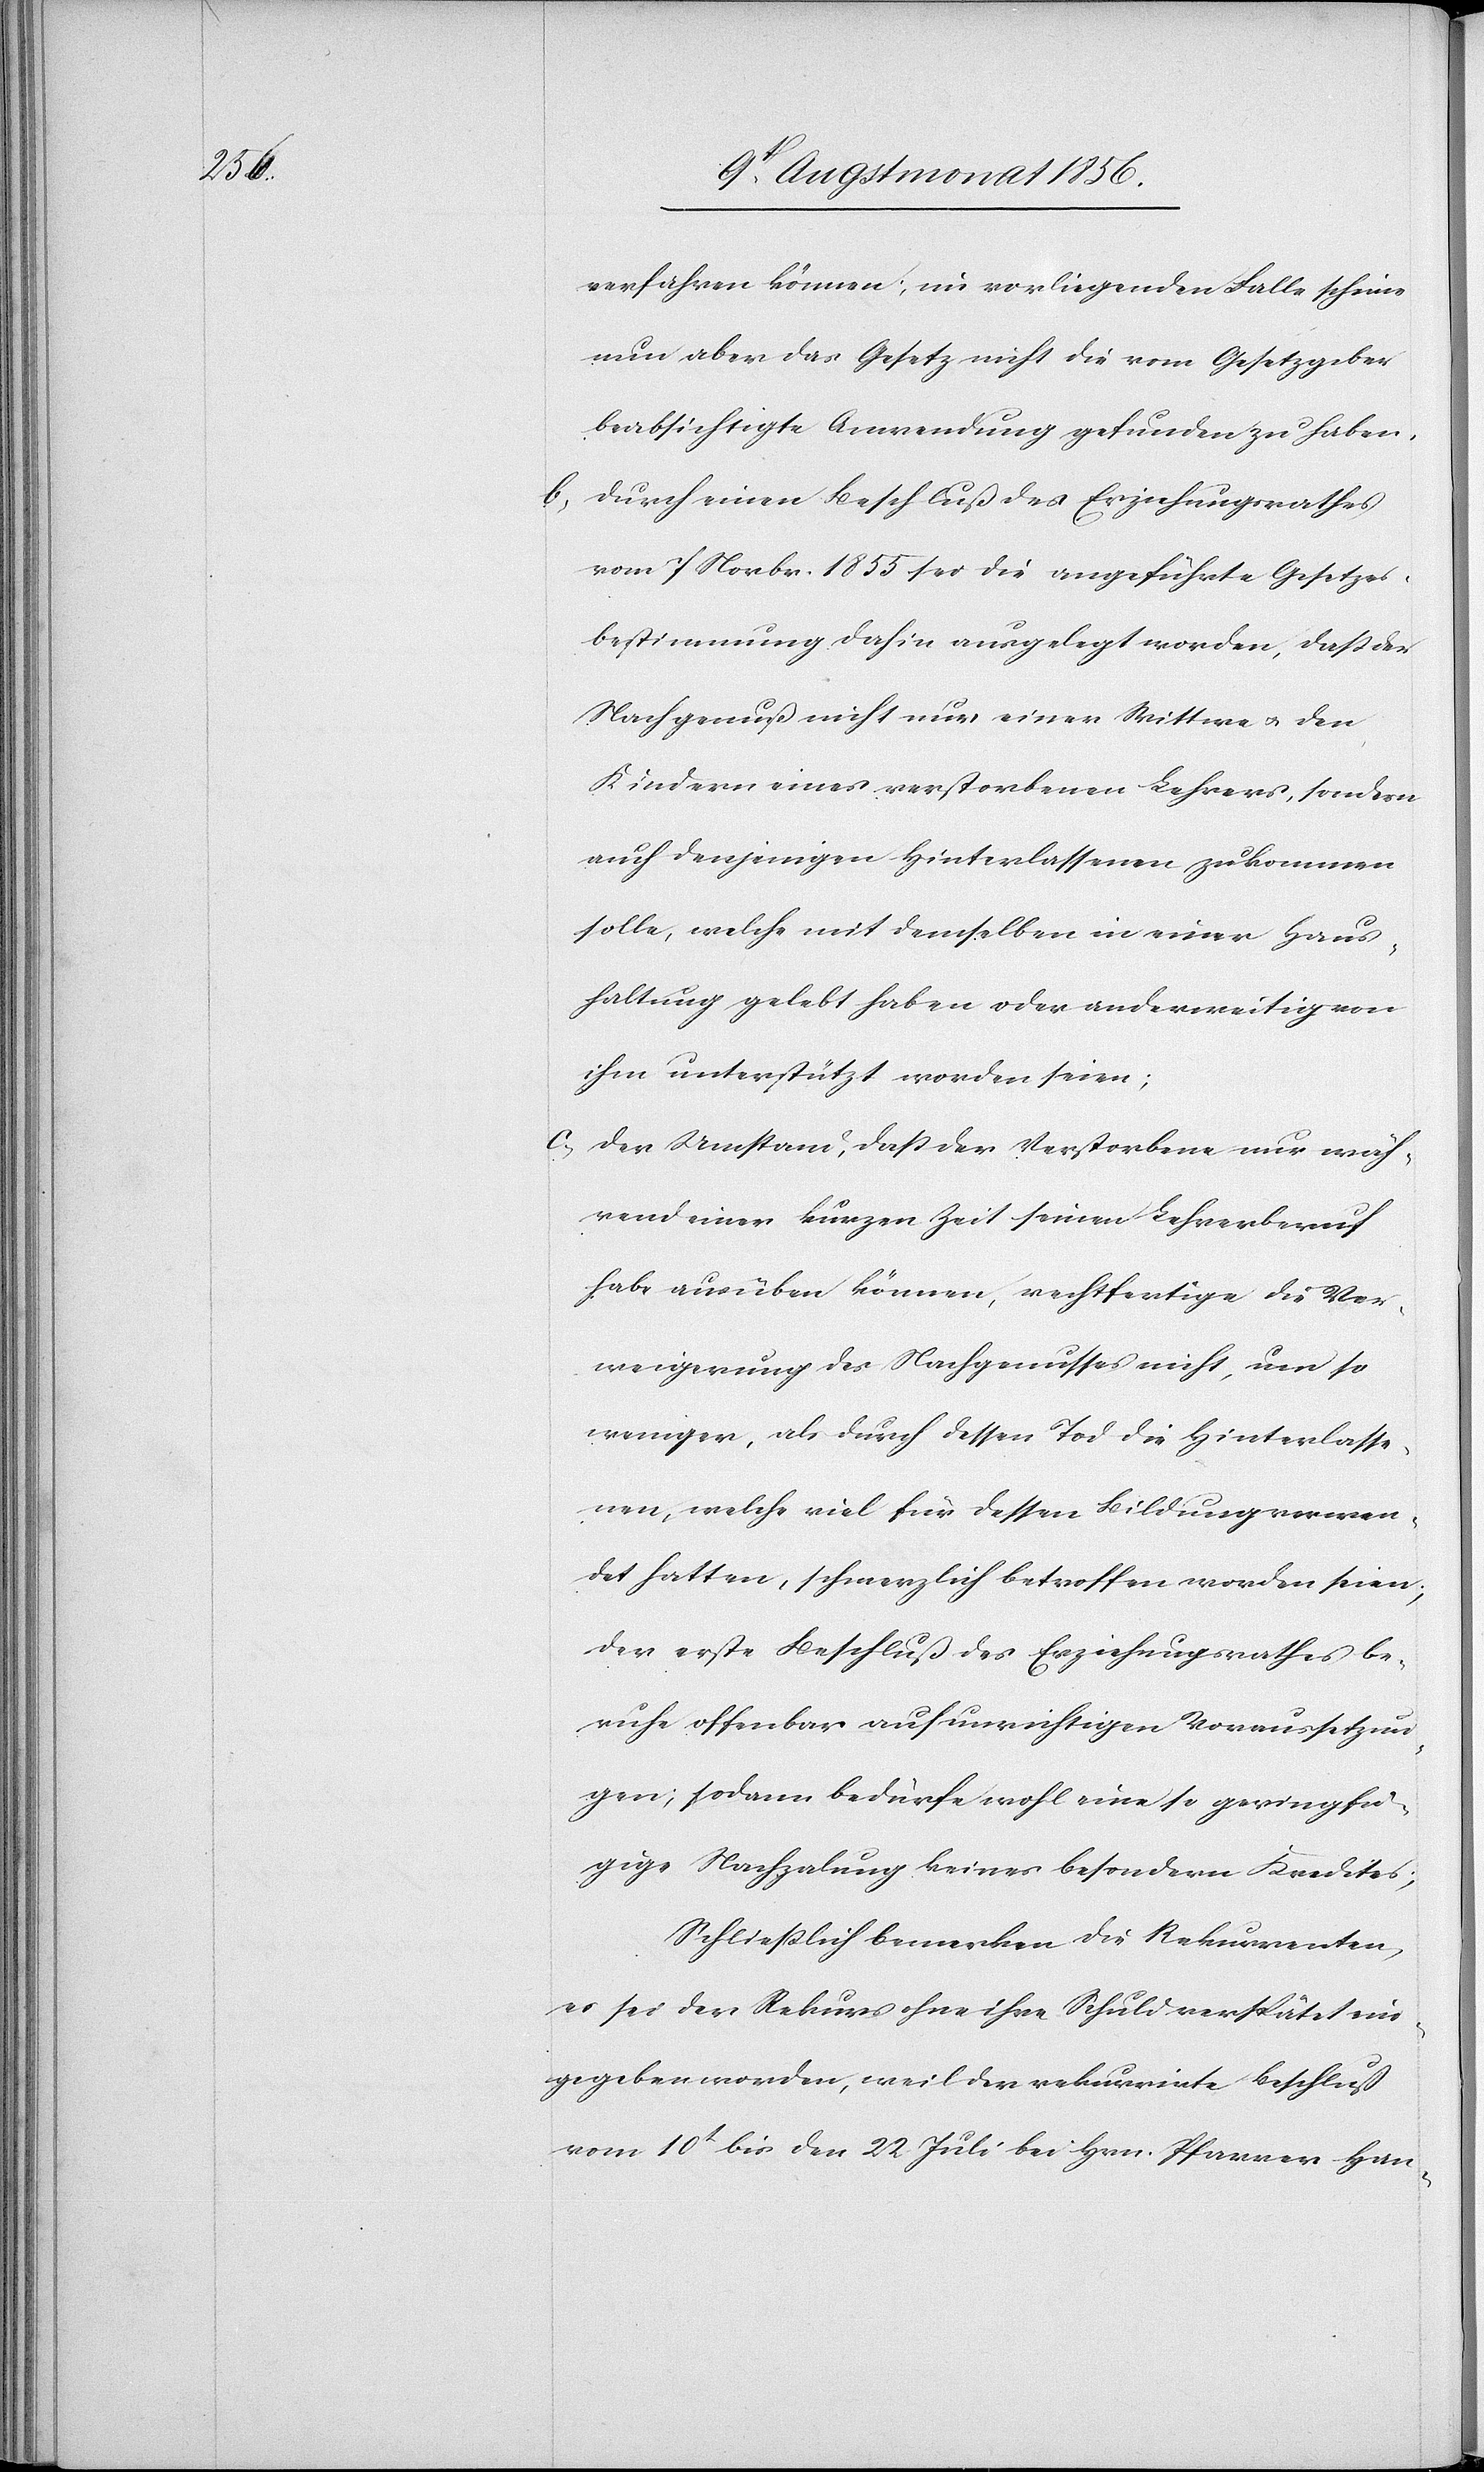
verfahren können; im vorliegenden Falle scheine
nun aber das Gesetz nicht die vom Gesetzgeber
beabsichtigte Anwendung gefunden zu haben.
b.) Durch einen Beschluß des Erziehungsrathes
vom 7 Novbr. 1855 sei die angeführte Gesetzes¬
bestimmung dahin ausgelegt worden, dass der
Nachgenuß nicht nur einer Wittwe u. den
Kindern eines verstorbenen Lehrers, sondern
auch denjenigen Hinterlassenen zukommen
solle, welche mit demselben in einer Haus¬
haltung gelebt haben oder anderweitig von
ihm unterstützt worden seien;
c.) Der Umstand, dass der Verstorbene nur wäh¬
rend einer kurzen Zeit seinen Lehrerberuf
habe ausüben können, rechtfertige die Ver¬
weigerung des Nachgenusses nicht, um so
weniger, als durch dessen Tod die Hinterlasse¬
nen, welche viel für dessen Bildung verwen¬
det hatten, schmerzlich betroffen worden seien;
der erste Beschluß des Erziehungsrathes be¬
ruhe offenbar auf unrichtigen Voraussetzun¬
gen; sodann bedürfe wohl eine so geringfü¬
gige Nachzalung keines besondern Kredites;
Schließlich bemerken die Rekurrenten,
es sei der Rekurs ohne ihre Schuld verspätet ein¬
gegeben worden, weil der rekurrirte Beschluß
vom 10t bis den 22 Juli bei Hrn. Pfarrer Han-